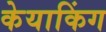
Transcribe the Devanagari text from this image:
केयाकिंग